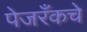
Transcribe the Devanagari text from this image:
पेजरँकचे